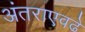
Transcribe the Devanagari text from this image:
अंतराएवढे